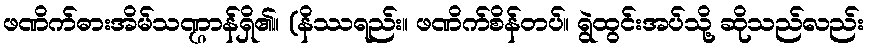
ဖဏိက်ဓားအိမ်သဏ္ဌာန်ရှိ၏။ (နိဿရည်း။ ဖဏိက်စိန်တပ်။ ရွဲထွင်းအပ်သို့ ဆိုသည်လည်း